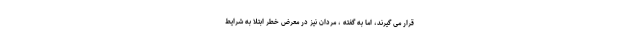
قرار می گیرند، اما به گفته ، مردان نیز در معرض خطر ابتلا به شرایط